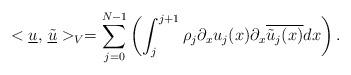
LaTeX: \begin{align*}<\underline{u},\,\underline{\tilde{u}}>_{V}=\sum_{j=0}^{N-1}\left(\int_j^{j+1} \rho_j \partial_x u_{j}(x)\partial_x \overline{\tilde{u}_{j}(x)} dx\right).\end{align*}